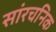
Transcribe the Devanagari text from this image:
सांरचनिक